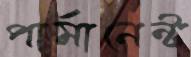
পার্মানেন্ট